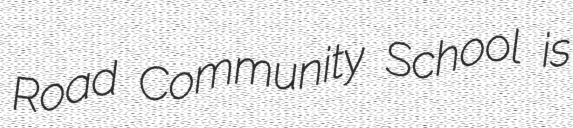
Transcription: Road Community School is